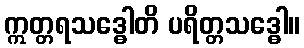
ဣတ္တရသဒ္ဓေါတိ ပရိတ္တသဒ္ဓေါ။